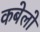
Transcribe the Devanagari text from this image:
कबेलो